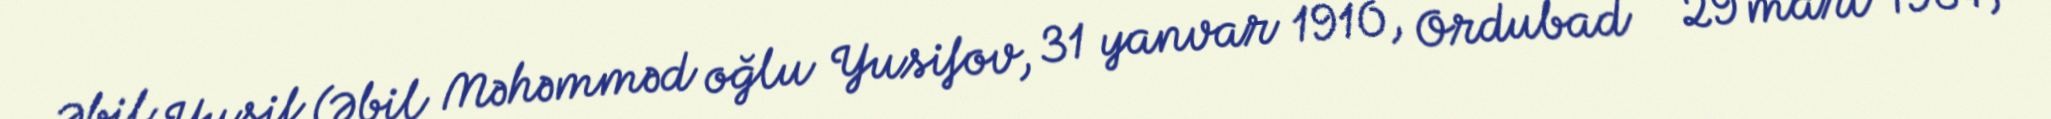
Əbil Yusif (Əbil Məhəmməd oğlu Yusifov, 31 yanvar 1910, Ordubad - 29 mart 1984,